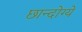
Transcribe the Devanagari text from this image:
छान्दोग्ये